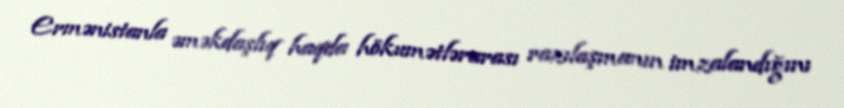
Ermənistanla əməkdaşlıq haqda hökumətlərarası razılaşmanın imzalandığını